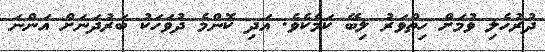
ދުރުހެލި ވުމަށް ހިތްވަރު ލިބޭ ކަމެކެވެ. އަދި ކޮންމެ ދުވަހަކު ބަރުދަނަށް އަންނަ